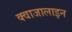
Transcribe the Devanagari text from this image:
क्वाजालाइन